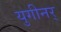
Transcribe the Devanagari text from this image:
युगीनर्